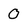
Character: 0